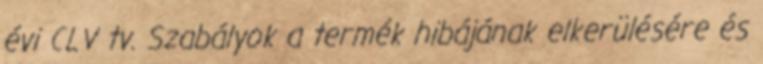
évi CLV tv. Szabályok a termék hibájának elkerülésére és